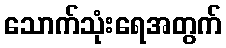
သောက်သုံးရေအတွက်